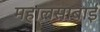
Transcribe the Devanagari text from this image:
महालसाबाई